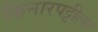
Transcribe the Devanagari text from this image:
किनारपट्टीलर